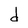
Character: d